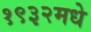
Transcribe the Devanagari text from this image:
१९३२मधे